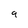
Character: 9